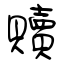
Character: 贖